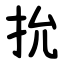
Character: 抁